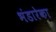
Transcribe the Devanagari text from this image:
भंडारेका